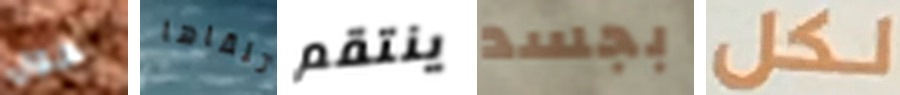
حول تلقاها ينتقم بجسد لكل